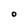
Character: O